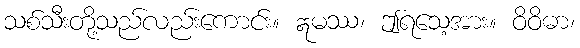
သစ်သီးတို့သည်လည်းကောင်း။ ဣမဿ၊ ဤရသေ့အား။ ဝိဝိဓာ၊